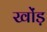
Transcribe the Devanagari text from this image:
खोंड़